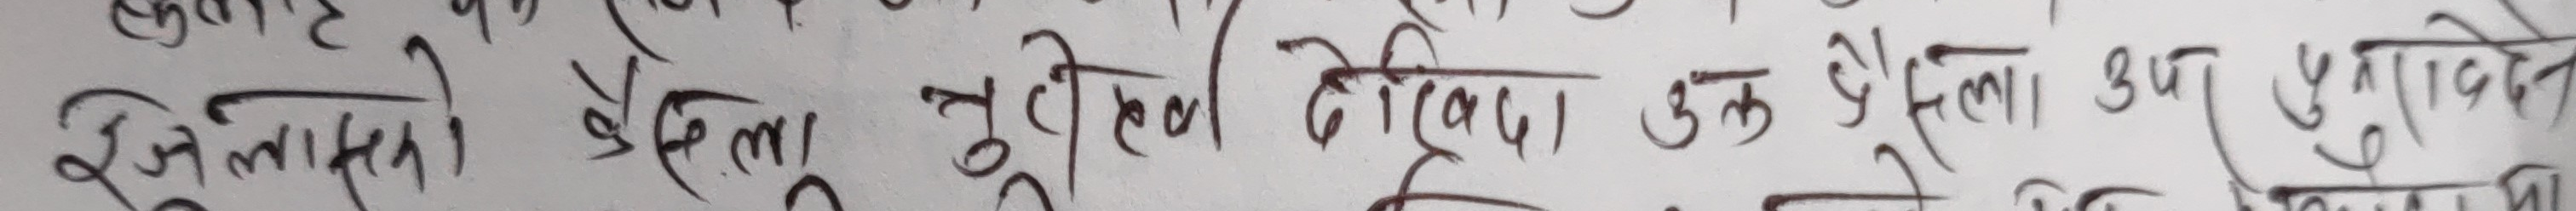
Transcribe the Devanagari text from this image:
जिम्मिलास्को बेलामा त्रुटिका ढिकाल उकालेर उप पुगाउदिने